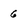
Character: 6